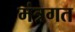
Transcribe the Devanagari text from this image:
मंत्रगत